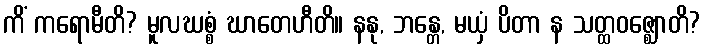
ကိံ ကရောမီတိ? မူလဃစ္စံ ဃာတေဟီတိ။ နနု, ဘန္တေ, မယှံ ပိတာ န သတ္ထဝဇ္ဈောတိ?